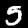
Digit: 5